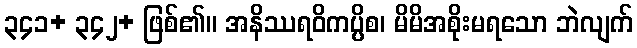
၃၄၁+ ၃၄၂+ ဖြစ်၏။ အနိဿရဝိကပ္ပိစ၊ မိမိအစိုးမရသော ဘဲလျက်